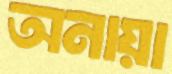
অনায়া